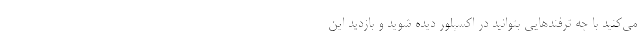
می‌کنید با چه ترفندهایی بتوانید در اکسپلور دیده شوید و بازدید این